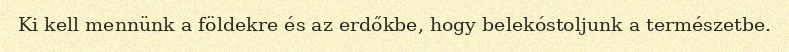
Ki kell mennünk a földekre és az erdőkbe, hogy belekóstoljunk a természetbe.